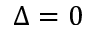
\Delta = 0